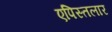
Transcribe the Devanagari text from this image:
एपिस्तलार